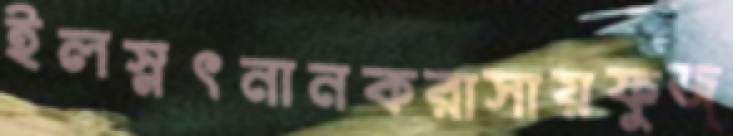
ইলস্নৎনানকরাসায়ফুজ্